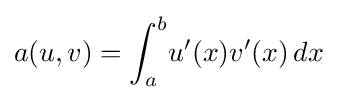
a(u,v)=\int _{a}^{b}\!u'(x)v'(x)\,dx